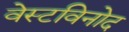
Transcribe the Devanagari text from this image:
वेस्टविनोद